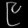
Digit: ၉